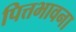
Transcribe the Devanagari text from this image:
पित्तभावना